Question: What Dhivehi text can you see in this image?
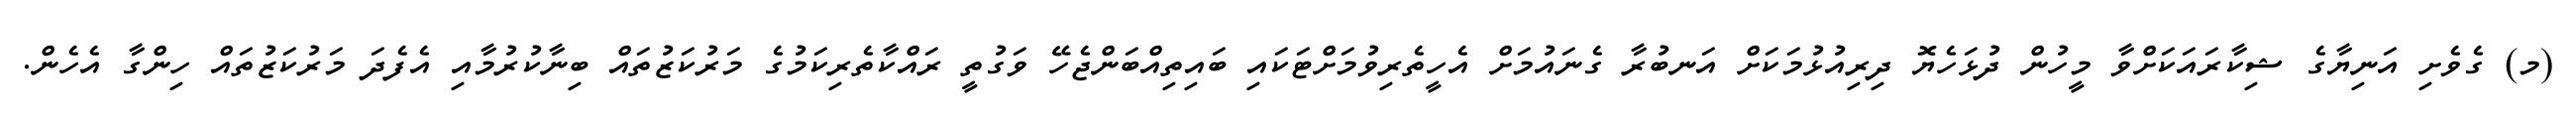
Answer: (މ) ގެވެށި އަނިޔާގެ ޝިކާރައަކަށްވާ މީހުން ދުޅަހެޔޮ ދިރިއުޅުމަކަށް އަނބުރާ ގެނައުމަށް އެހީތެރިވުމަށްޓަކައި ބައިތިއްބަންޖެހޭ ވަގުތީ ރައްކާތެރިކަމުގެ މަރުކަޒުތައް ބިނާކުރުމާއި އެފެދަ މަރުކަޒުތައް ހިންގާ އެހެން.